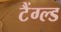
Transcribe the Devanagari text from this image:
टैंग्ल्ड